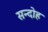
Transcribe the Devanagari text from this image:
सन्दोह